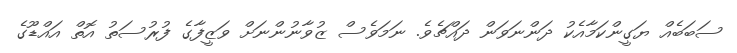
ސަބަބެއް ޔަގީންކަމާއެކު ދަންނަވަން ދައްޗެވެ. ނަމަވެސް ޒުވާނުންނަށް ވަޒީފާގެ ފުރުސަތު އޮތް އައްޑޫގެ